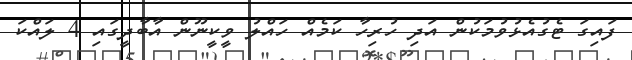
ފައިގަ ޓެގުއެޅުވުމަކުން އަދި ހުރިހާ ކަމެއް ހައްލު ވީކީނޫން އާބާދީގައި 4 ލައްކަ